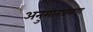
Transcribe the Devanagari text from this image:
अनुमानप्रमाण